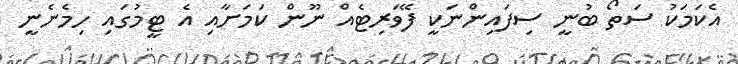
އެކަމަކު ސަތޯ ބުނީ ސިފައިންނަކީ ފޭވަރިޓެއް ނޫން ކަމަށާއި އެ ޓީމުގައި ހިމެނެނީ